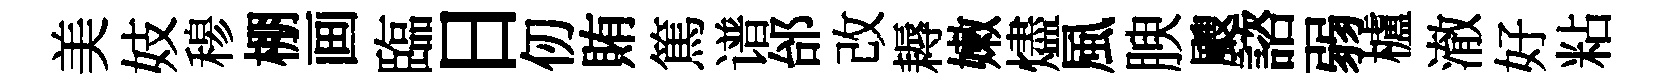
美妓𥠇棚画臨日仞賄篤谱邰改耨嫩燼風腴颼諮弱櫨澈好粘